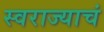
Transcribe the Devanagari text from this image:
स्वराज्याचं